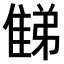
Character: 𨿘